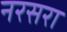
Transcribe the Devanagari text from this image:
नरसरा